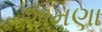
શામણા